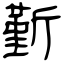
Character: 斳